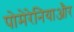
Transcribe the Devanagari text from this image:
पोमेरेनियाऔर